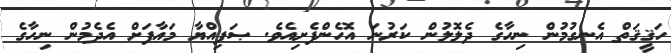
ހަޤީޤަތް އެނގުމުން ނިހާގެ ދެލޮލުން ކަރުނަ އޮހެންފެށިއެވެ. ޞަފިއްޔާ މަޢާފަށް އެދެމުން ނިހާގެ